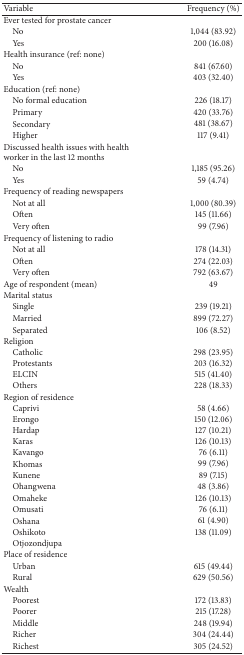
<table><thead><tr><td><b>Variable</b></td><td><b>Frequency (%)</b></td></tr></thead><tbody><tr><td>Ever tested for prostate cancer</td><td> </td></tr><tr><td> No</td><td>1,044 (83.92)</td></tr><tr><td> Yes</td><td>200 (16.08)</td></tr><tr><td>Health insurance (ref: none)</td><td> </td></tr><tr><td> No</td><td>841 (67.60)</td></tr><tr><td> Yes</td><td>403 (32.40)</td></tr><tr><td>Education (ref: none)</td><td> </td></tr><tr><td> No formal education</td><td>226 (18.17)</td></tr><tr><td> Primary</td><td>420 (33.76)</td></tr><tr><td> Secondary</td><td>481 (38.67)</td></tr><tr><td> Higher</td><td>117 (9.41)</td></tr><tr><td>Discussed health issues with health worker in the last 12 months</td><td> </td></tr><tr><td> No</td><td>1,185 (95.26)</td></tr><tr><td> Yes</td><td>59 (4.74)</td></tr><tr><td>Frequency of reading newspapers</td><td> </td></tr><tr><td> Not at all</td><td>1,000 (80.39)</td></tr><tr><td> Often</td><td>145 (11.66)</td></tr><tr><td> Very often</td><td>99 (7.96)</td></tr><tr><td>Frequency of listening to radio</td><td> </td></tr><tr><td> Not at all</td><td>178 (14.31)</td></tr><tr><td> Often</td><td>274 (22.03)</td></tr><tr><td> Very often</td><td>792 (63.67)</td></tr><tr><td>Age of respondent (mean)</td><td>49</td></tr><tr><td>Marital status</td><td> </td></tr><tr><td> Single </td><td>239 (19.21)</td></tr><tr><td> Married</td><td>899 (72.27)</td></tr><tr><td> Separated</td><td>106 (8.52)</td></tr><tr><td>Religion</td><td> </td></tr><tr><td> Catholic</td><td>298 (23.95)</td></tr><tr><td> Protestants</td><td>203 (16.32)</td></tr><tr><td> ELCIN</td><td>515 (41.40)</td></tr><tr><td> Others</td><td>228 (18.33)</td></tr><tr><td>Region of residence</td><td> </td></tr><tr><td> Caprivi</td><td>58 (4.66)</td></tr><tr><td> Erongo</td><td>150 (12.06)</td></tr><tr><td> Hardap</td><td>127 (10.21)</td></tr><tr><td> Karas</td><td>126 (10.13)</td></tr><tr><td> Kavango</td><td>76 (6.11)</td></tr><tr><td> Khomas</td><td> 99 (7.96)</td></tr><tr><td> Kunene</td><td>89 (7.15)</td></tr><tr><td> Ohangwena</td><td>48 (3.86)</td></tr><tr><td> Omaheke</td><td>126 (10.13)</td></tr><tr><td> Omusati</td><td>76 (6.11)</td></tr><tr><td> Oshana</td><td>61 (4.90)</td></tr><tr><td> Oshikoto</td><td>138 (11.09)</td></tr><tr><td> Otjozondjupa</td><td> </td></tr><tr><td>Place of residence</td><td> </td></tr><tr><td> Urban</td><td>615 (49.44)</td></tr><tr><td> Rural</td><td>629 (50.56)</td></tr><tr><td>Wealth</td><td> </td></tr><tr><td> Poorest</td><td>172 (13.83)</td></tr><tr><td> Poorer</td><td>215 (17.28)</td></tr><tr><td> Middle</td><td>248 (19.94)</td></tr><tr><td> Richer</td><td>304 (24.44)</td></tr><tr><td> Richest</td><td>305 (24.52)</td></tr></tbody></table>